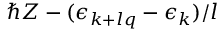
\hbar { Z } - ( \epsilon _ { \boldsymbol { k } + l \boldsymbol { q } } - \epsilon _ { \boldsymbol { k } } ) / l